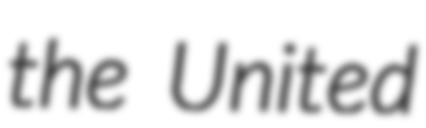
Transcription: the United